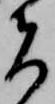
者